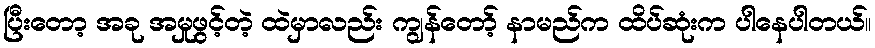
ပြီးတော့ အခု အမှုဖွင့်တဲ့ ထဲမှာလည်း ကျွန်တော့် နာမည်က ထိပ်ဆုံးက ပါနေပါတယ်။